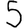
Digit: 5